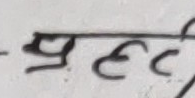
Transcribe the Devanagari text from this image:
प्रहर्दी